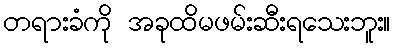
တရားခံကို အခုထိမဖမ်းဆီးရသေးဘူး။